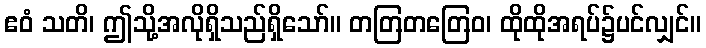
ဧဝံ သတိ၊ ဤသို့အလိုရှိသည်ရှိသော်။ တတြတတြေဝ၊ ထိုထိုအရပ်၌ပင်လျှင်။